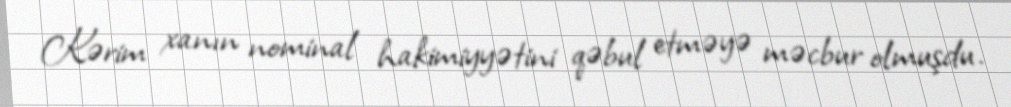
Kərim xanın nominal hakimiyyətini qəbul etməyə məcbur olmuşdu.